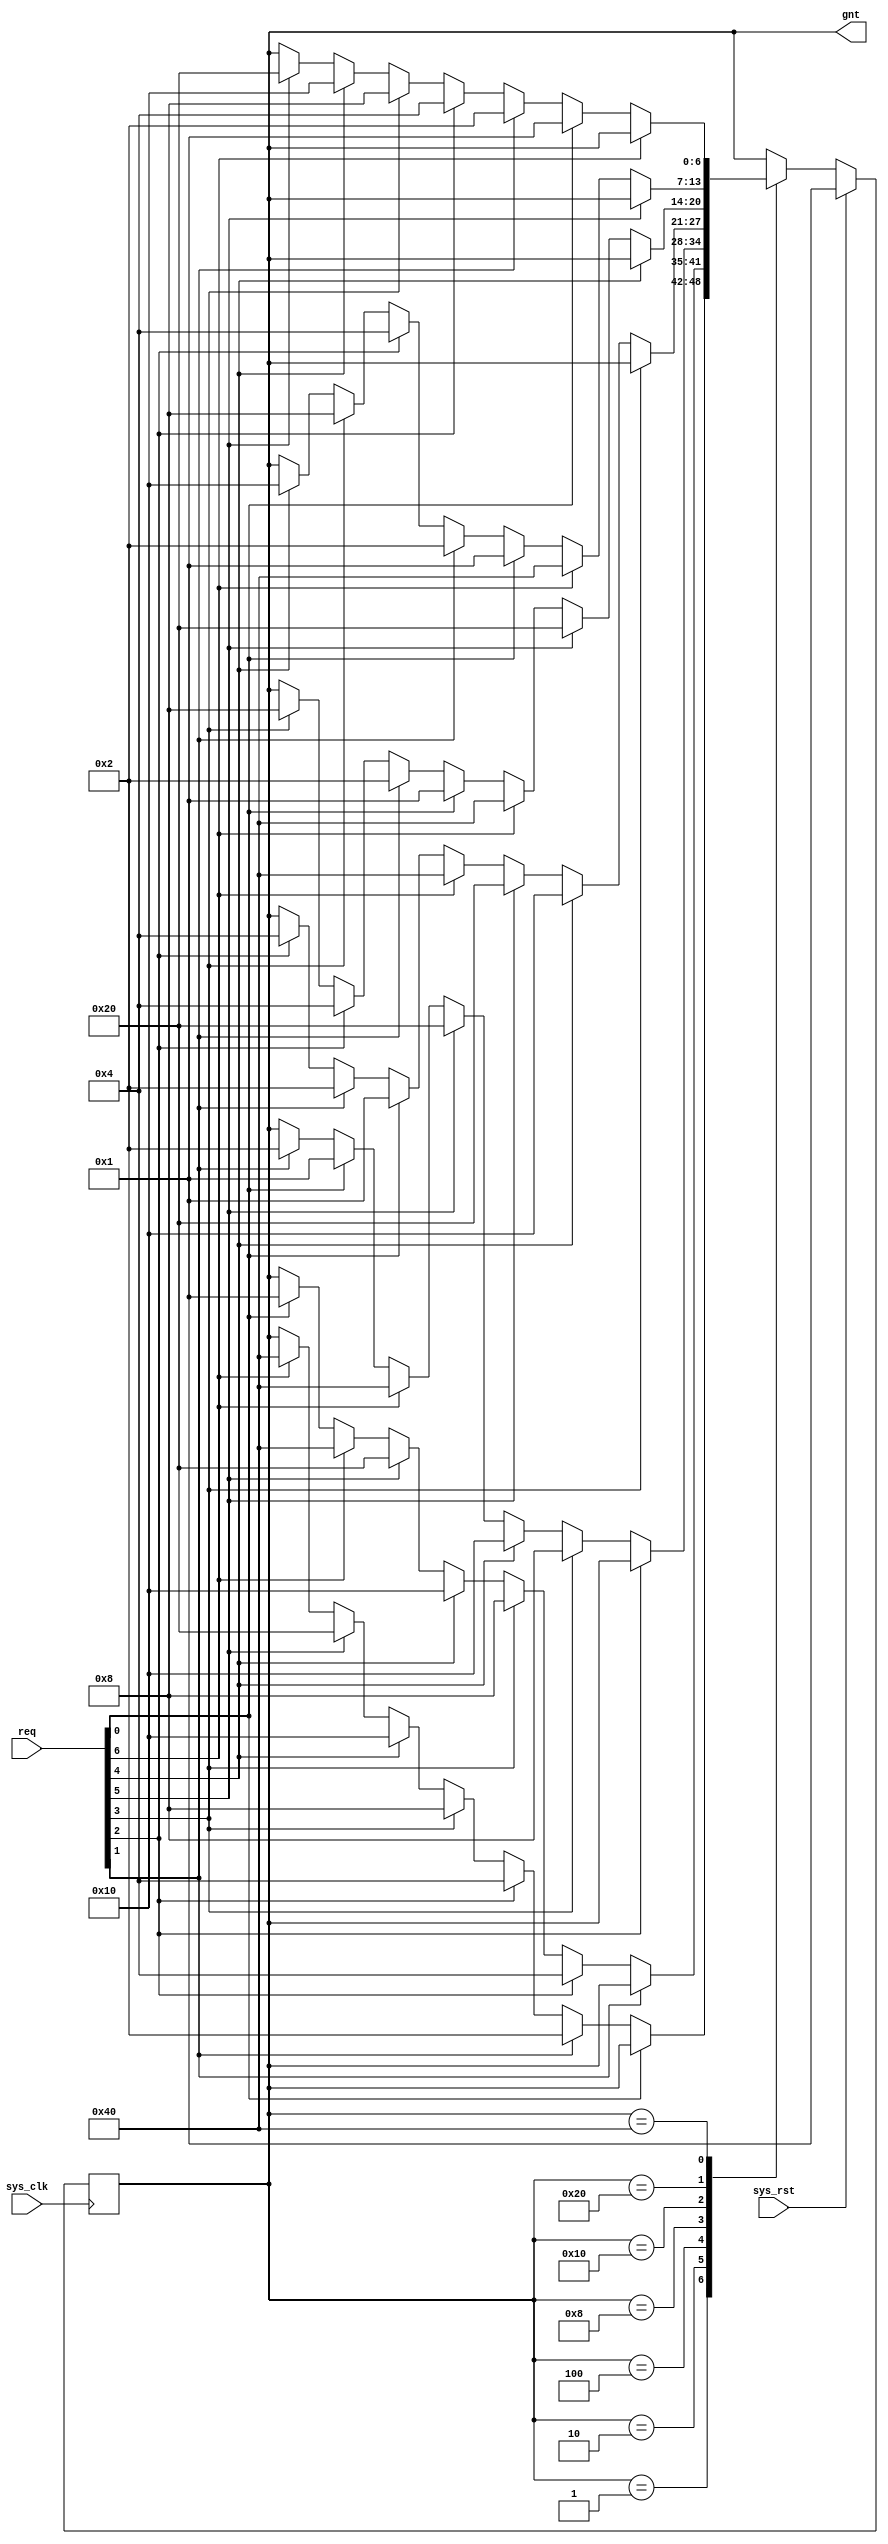
/*
 * Milkymist VJ SoC
 * Copyright (C) 2007, 2008, 2009, 2010 Sebastien Bourdeauducq
 *
 * This program is free software: you can redistribute it and/or modify
 * it under the terms of the GNU General Public License as published by
 * the Free Software Foundation, version 3 of the License.
 *
 * This program is distributed in the hope that it will be useful,
 * but WITHOUT ANY WARRANTY; without even the implied warranty of
 * MERCHANTABILITY or FITNESS FOR A PARTICULAR PURPOSE.  See the
 * GNU General Public License for more details.
 *
 * You should have received a copy of the GNU General Public License
 * along with this program.  If not, see <http://www.gnu.org/licenses/>.
 */

module conbus_arb(
	input sys_clk,
	input sys_rst,
	
	input [6:0] req,
	output [6:0] gnt
);

parameter [6:0] grant0 = 7'b0000001,
                grant1 = 7'b0000010,
                grant2 = 7'b0000100,
                grant3 = 7'b0001000,
                grant4 = 7'b0010000,
                grant5 = 7'b0100000,
                grant6 = 7'b1000000;

reg [6:0] state;
reg [6:0] next_state;

initial begin
  state = grant0;
end

assign gnt = state;

always @(posedge sys_clk) begin
  if(sys_rst)
    state <= grant0;
  else
    state <= next_state;
end

always @(*) begin
  next_state = state;
  case(state)
    grant0: begin
              if (~req[0]) begin
                     if(req[1]) next_state = grant1;
                else if(req[2]) next_state = grant2;
                else if(req[3]) next_state = grant3;
                else if(req[4]) next_state = grant4;
                else if(req[5]) next_state = grant5;
                else if(req[6]) next_state = grant6;
              end
	    end
    grant1: begin
              if (~req[1]) begin
                     if(req[2]) next_state = grant2;
		else if(req[3]) next_state = grant3;
                else if(req[4]) next_state = grant4;
                else if(req[5]) next_state = grant5;
                else if(req[6]) next_state = grant6;
                else if(req[0]) next_state = grant0;
              end
	    end
    grant2: begin
              if (~req[2]) begin
                     if(req[3]) next_state = grant3;
		else if(req[4]) next_state = grant4;
		else if(req[5]) next_state = grant5;
		else if(req[6]) next_state = grant6;
		else if(req[0]) next_state = grant0;
		else if(req[1]) next_state = grant1;
              end
            end
    grant3: begin
              if (~req[3]) begin
                     if(req[4]) next_state = grant4;
		else if(req[5]) next_state = grant5;
		else if(req[6]) next_state = grant6;
		else if(req[0]) next_state = grant0;
		else if(req[1]) next_state = grant1;
		else if(req[2]) next_state = grant2;
              end
            end
    grant4: begin
              if (~req[4]) begin
                     if(req[5]) next_state = grant5;
		else if(req[6]) next_state = grant6;
		else if(req[0]) next_state = grant0;
		else if(req[1]) next_state = grant1;
		else if(req[2]) next_state = grant2;
		else if(req[3]) next_state = grant3;
              end
            end
    grant5: begin
              if (~req[5]) begin
                     if(req[6]) next_state = grant6;
		else if(req[0]) next_state = grant0;
		else if(req[1]) next_state = grant1;
		else if(req[2]) next_state = grant2;
		else if(req[3]) next_state = grant3;
		else if(req[4]) next_state = grant4;
              end
            end
    grant6: begin
              if (~req[6]) begin
                     if(req[0]) next_state = grant0;
		else if(req[1]) next_state = grant1;
		else if(req[2]) next_state = grant2;
		else if(req[3]) next_state = grant3;
		else if(req[4]) next_state = grant4;
		else if(req[5]) next_state = grant5;
              end
            end
  endcase
end

endmodule